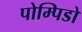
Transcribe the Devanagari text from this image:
पोम्पिडो